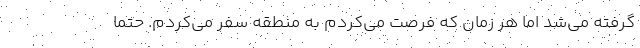
گرفته مي‌شد اما هر زمان كه فرصت مي‌كردم به منطقه سفر مي‌كردم. حتما